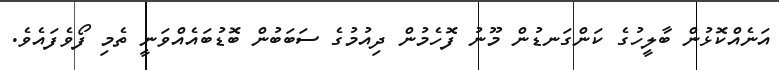
އަނެއްކޮޅުން ބާލީހުގެ ކަންގަނޑުން މޫނު ފޮހެމުން ދިއުމުގެ ސަބަބުން ބޮޑުބައެއްވަނީ ތެމި ފޯވެފައެވެ.